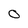
Character: 0